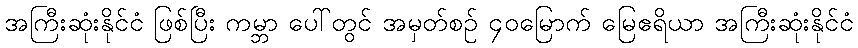
အကြီးဆုံးနိုင်ငံ ဖြစ်ပြီး ကမ္ဘာ ပေါ်တွင် အမှတ်စဉ် ၄၀မြောက် မြေဧရိယာ အကြီးဆုံးနိုင်ငံ